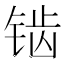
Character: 𬭔